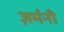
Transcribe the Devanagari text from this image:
ज़र्मनी